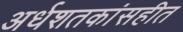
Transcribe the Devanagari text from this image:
अर्धशतकांसहीत